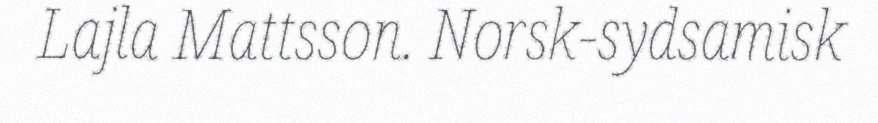
Lajla Mattsson. Norsk-sydsamisk